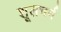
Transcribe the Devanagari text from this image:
शूलचर्म